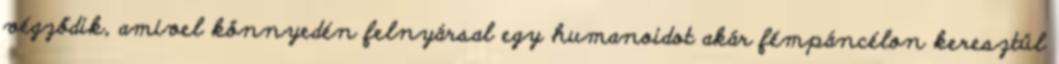
végződik, amivel könnyedén felnyársal egy humanoidot akár fémpáncélon keresztül